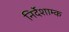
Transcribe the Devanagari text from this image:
निर्देशाम्क